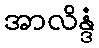
အာလိန္ဒံ